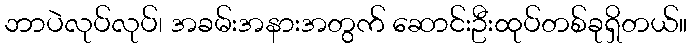
ဘာပဲလုပ်လုပ်၊ အခမ်းအနားအတွက် ဆောင်းဦးထုပ်တစ်ခုရှိတယ်။